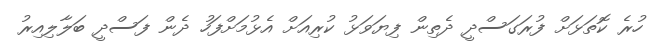
ހުރެ ކޮތަޅަށް ފުރަގަސްދީ ދެތިން ފިޔަވަޅު ކުރިއަށް އެޅުމަށްފަހު ދެން ފަސްދީ ބަލާލިއިރު